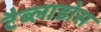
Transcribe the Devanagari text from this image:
टैब्लाडोस